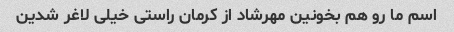
اسم ما رو هم بخونین مهرشاد از کرمان راستی خیلی لاغر شدین